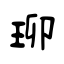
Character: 珋